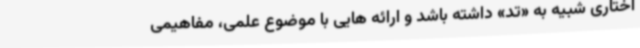
اختاری شبیه به «تد» داشته باشد و ارائه هایی با موضوع علمی، مفاهیمی